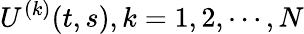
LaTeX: U^{(k)}(t,s),k=1,2,\cdots,N